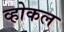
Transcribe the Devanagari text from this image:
व्होकल